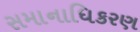
સમાનાધિકરણ